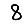
Digit: 8